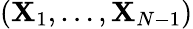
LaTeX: ({\mathbf{X}}_{1},\ldots,{\mathbf{X}}_{N-1})